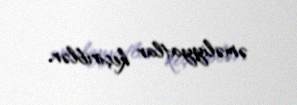
əməliyyatlar keçiriblər.